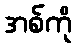
အစ်ကို